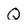
Character: Q